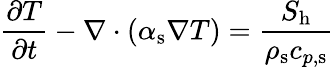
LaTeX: \frac{\partial T}{\partial t}-\nabla\cdot\left(\alpha_{\mathrm{{s}}}\nabla T\right)=\frac{S_{\mathrm{{h}}}}{\rho_{\mathrm{{s}}}c_{p,\mathrm{s}}}